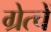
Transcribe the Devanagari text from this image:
ग्रेत्चें